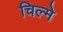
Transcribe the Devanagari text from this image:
चिल्मे